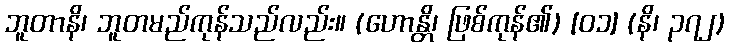
ဘူတာနိ၊ ဘူတမည်ကုန်သည်လည်း။ (ဟောန္တိ၊ ဖြစ်ကုန်၏) [၀၁] (နိ၊ ၃၇၂)